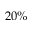
2 0 \%